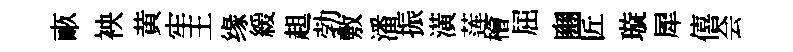
畞䘧黄牢王缘緩趄勃敷潘振潢莲檜屈豳匠璇犀僖会